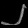
Digit: ၂